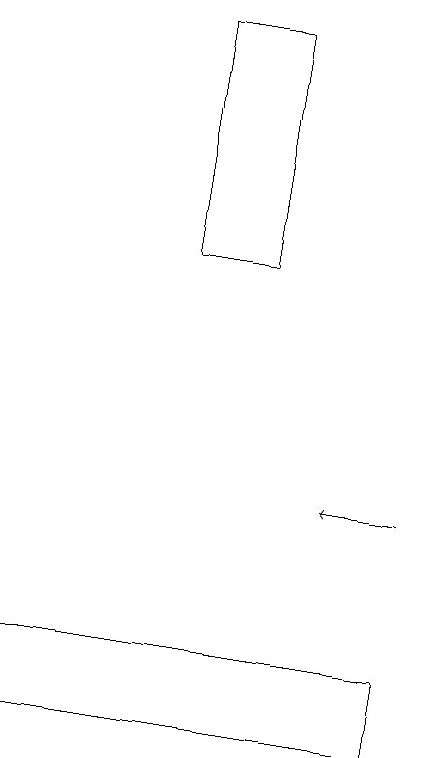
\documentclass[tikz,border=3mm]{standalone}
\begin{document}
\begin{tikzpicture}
\draw (0,10) rectangle (5,11);
\draw (2,19) rectangle (3,16);
\draw[->] (5,13) -- (4,13);
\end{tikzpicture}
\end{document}